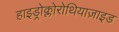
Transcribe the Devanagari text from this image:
हाइड्रोक्लोरोथियाज़ाइड